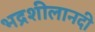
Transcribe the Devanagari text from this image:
भद्रशीलानदी